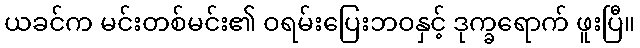
ယခင်က မင်းတစ်မင်း၏ ဝရမ်းပြေးဘဝနှင့် ဒုက္ခရောက် ဖူးပြီ။